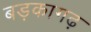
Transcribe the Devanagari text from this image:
बड़कागढ़